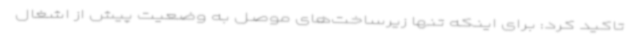
تاکید کرد: برای اینکه تنها زیرساخت‌های موصل به وضعیت پیش از اشغال